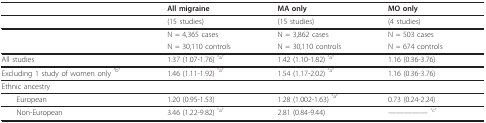
|  | All migraine | MA only | MO only |
 | --- | --- | --- | --- |
 |  | (15 studies) | (15 studies) | (4 studies) |
 |  | N = 4,365 cases | N = 3,862 cases | N = 503 cases |
 |  | N = 30,110 controls | N = 30,110 controls | N = 674 controls |
 | All studies | 1.37 (1.07-1.76) "a" | 1.42 (1.10-1.82) "a" | 1.16 (0.36-3.76) |
 | Excluding 1 study of women only "b" | 1.46 (1.11-1.92) "a" | 1.54 (1.17-2.02) "a" | 1.16 (0.36-3.76) |
 | Ethnic ancestry |  |  |  |
 | European | 1.20 (0.95-1.53) | 1.28 (1.002-1.63) "a" | 0.73 (0.24-2.24) |
 | Non-European | 3.46 (1.22-9.82) "a" | 2.81 (0.84-9.44) | ------- "c" |